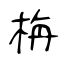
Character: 栴